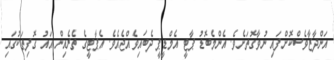
އަންދާޒާވެސްކޮށްފައި ނުވާގޮތަށެވެ. އެންމެބޮޑު ޕާޓީ އެމްޑީޕީ ދެބައިވެއްޖެއެވެ. އެޕާޓީގެ ތެރެއިން އައު ގޮފިތަކުގައި